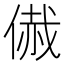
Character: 𠋰